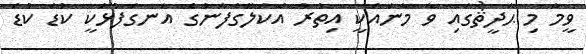
ވީމާ މި ޙަދީޘުގައި ވާ މާނައަކީ އިތުރު އެކަލޭގެފާނުގެ އަނގަފުޅަކީ ކުޑަ ކުޑަ